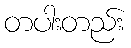
တပါးတည်း